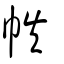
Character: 帙